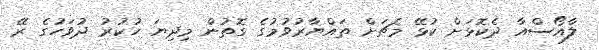
ލާއޯސްއާ ދެކޮޅަށް ކުޅޭ މެޗަށް ތައްޔާރުވުމުގެ ގޮތުން މިދިޔަ ހުކުރު ދުވަހުގެ ރޭ